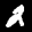
Label: 2